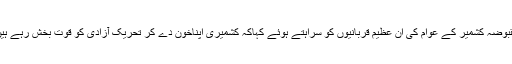
مقبوضہ کشمیر کے عوام کی ان عظیم قربانیوں کو سراہتے ہوئے کہاکہ کشمیری اپناخون دے کر تحریک آزادی کو قوت بخش رہے ہیں۔